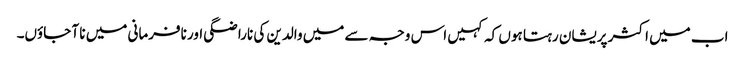
اب میں اکثر پریشان رہتا ہوں کہ کہیں اس وجہ سے میں والدین کی ناراضگی اور نافرمانی میں نا آ جاؤں۔